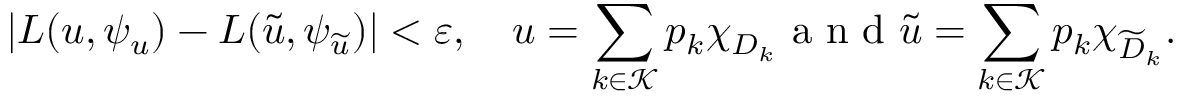
\left| L ( u , \psi _ { u } ) - L ( \widetilde { u } , \psi _ { \widetilde { u } } ) \right| < \varepsilon , \quad u = \sum _ { k \in \mathcal K } p _ { k } \chi _ { D _ { k } } \mathrm { ~ a ~ n ~ d ~ } \widetilde { u } = \sum _ { k \in \mathcal K } p _ { k } \chi _ { \widetilde { D } _ { k } } .